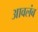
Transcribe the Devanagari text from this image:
आवलंब